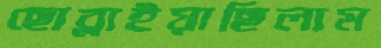
ছোব্‌লাইয়াছিলাম